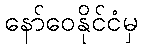
နော်ဝေနိုင်ငံမှ